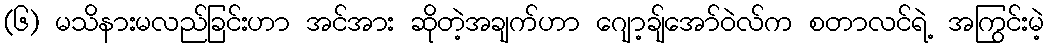
(၆) မသိနားမလည်ခြင်းဟာ အင်အား ဆိုတဲ့အချက်ဟာ ဂျော့ချ်အော်ဝဲလ်က စတာလင်ရဲ့ အကြွင်းမဲ့